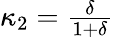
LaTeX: \begin{array}{r}{\kappa_{2}=\frac{\delta}{1+\delta}}\end{array}